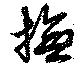
撫